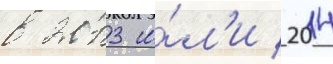
в 2013 и́л'и 2014